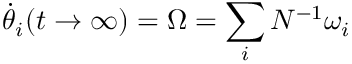
\dot { \theta } _ { i } ( t \rightarrow \infty ) = \Omega = \sum _ { i } N ^ { - 1 } \omega _ { i }